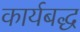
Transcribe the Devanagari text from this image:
कार्यबद्ध